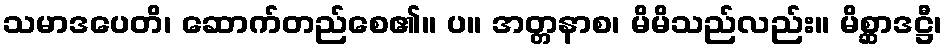
သမာဒပေတိ၊ ဆောက်တည်စေ၏။ ပ။ အတ္တနာစ၊ မိမိသည်လည်း။ မိစ္ဆာဒဋ္ဌီ၊